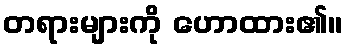
တရားများကို ဟောထား၏။